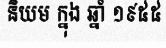
និយម ក្នុង ឆ្នាំ ១៩៥៥